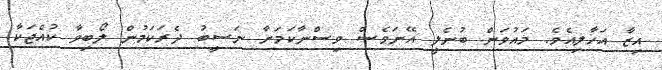
އިޒާ އަހާލިއެވެ. މައުވަން ބުނެލީ އޭނަވެސް ވިސްނާކަމަށާ ނަސީބު ދެރަކަމުން ލޯބިވާ ކުއްޖަކާ